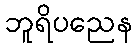
ဘူရိပညေန